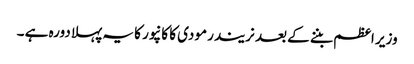
وزیر اعظم بننے کے بعد نریندر مودی کا کانپور کا یہ پہلا دورہ ہے ۔